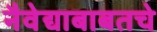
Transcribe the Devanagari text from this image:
नैवेद्याबाबतचे